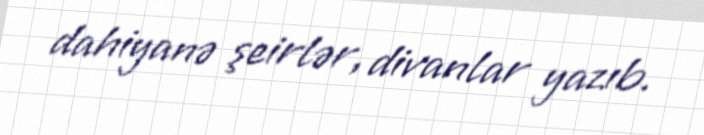
dahiyanə şeirlər, divanlar yazıb.